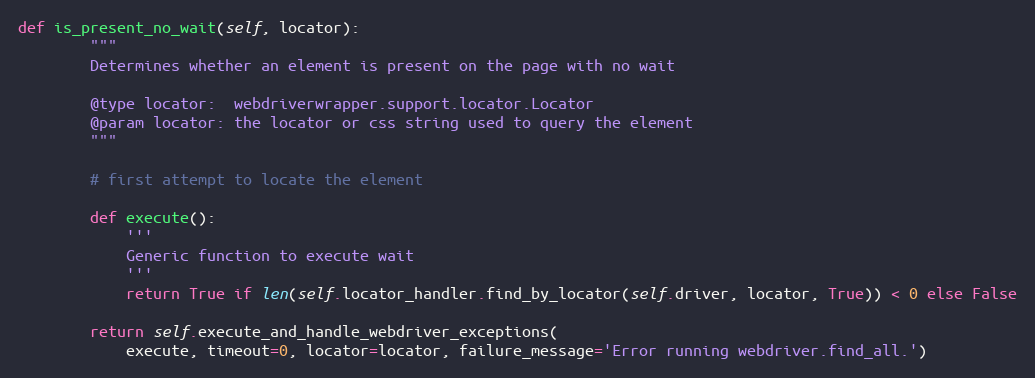
Language: Python
def is_present_no_wait(self, locator):
        """
        Determines whether an element is present on the page with no wait

        @type locator:  webdriverwrapper.support.locator.Locator
        @param locator: the locator or css string used to query the element
        """

        # first attempt to locate the element

        def execute():
            '''
            Generic function to execute wait
            '''
            return True if len(self.locator_handler.find_by_locator(self.driver, locator, True)) < 0 else False

        return self.execute_and_handle_webdriver_exceptions(
            execute, timeout=0, locator=locator, failure_message='Error running webdriver.find_all.')